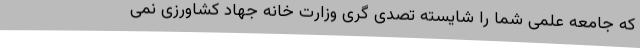
که جامعه علمی شما را شایسته تصدی گری وزارت خانه جهاد کشاورزی نمی‌